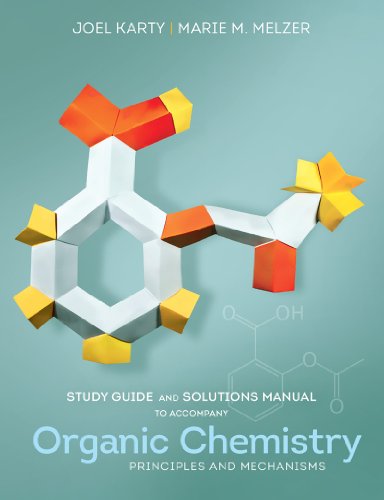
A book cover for Study Guide and Solutions Manual: for Organic Chemistry: Principles and Mechanisms; Joel Karty; Science & Math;